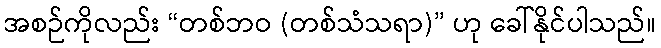
အစဉ်ကိုလည်း “တစ်ဘဝ (တစ်သံသရာ)” ဟု ခေါ်နိုင်ပါသည်။